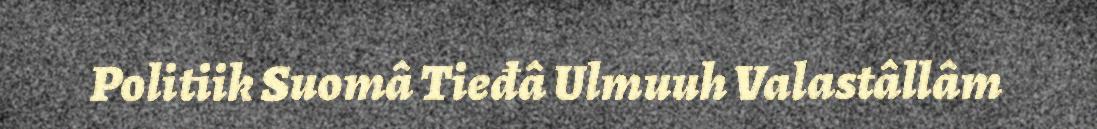
Politiik Suomâ Tieđâ Ulmuuh Valastâllâm